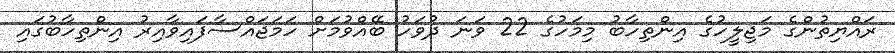
ރައްޔިތުންގެ މަޖިލީހުގެ އިންތިހާބު މިމަހުގެ 22 ވަނަ ދުވަހު ބޭއްވުމަށް ހަމަޖައްސާފައިވާއިރު އިންތިހާބުގައި